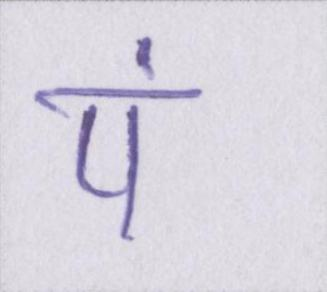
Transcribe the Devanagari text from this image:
पं